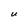
Character: U